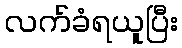
လက်ခံရယူပြီး